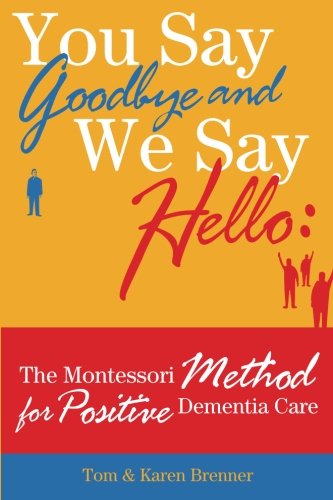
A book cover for You Say Goodbye and We Say Hello: The Montessori Method for Positive Dementia Care; Tom and Karen Brenner; Health, Fitness & Dieting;